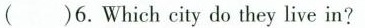
()6.Which city do they live in?